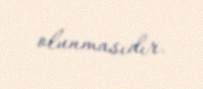
olunmasıdır.